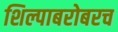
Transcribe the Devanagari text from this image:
शिल्पाबरोबरच